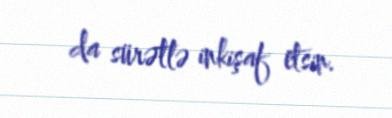
da sürətlə inkişaf etsin.